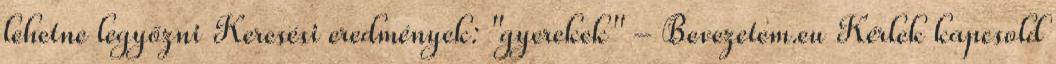
lehetne legyőzni Keresési eredmények: "gyerekek" - Bevezetem.eu Kérlek kapcsold